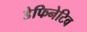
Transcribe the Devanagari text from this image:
डेफिनेटिव